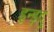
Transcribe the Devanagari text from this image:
इन्ड़दु